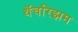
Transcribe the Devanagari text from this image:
थॅचरिझम